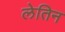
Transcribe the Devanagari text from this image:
लेतिन